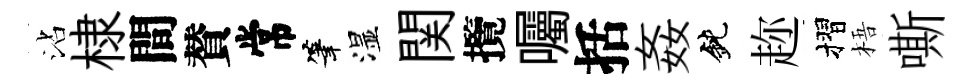
沾棣間賛常筆湿関攬囑括姦鈍趂摺梧嘶